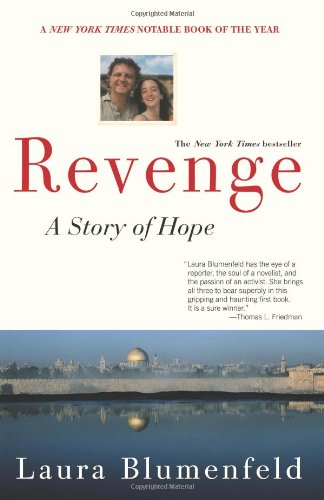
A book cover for Revenge: A Story of Hope; Laura Blumenfeld; Travel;